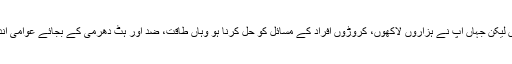
بعض انتظامی معاملات میں ایسا ممکن ہے وہ بھی اس وقت جب آپ ہر طرف سو فیصد انصاف کر رہے ہوں لیکن جہاں آپ نے ہزاروں لاکھوں، کروڑوں افراد کے مسائل کو حل کرنا ہو وہاں طاقت، ضد اور ہٹ دھرمی کے بجائے عوامی انداز میں پیار اور محبت سے، خلوص اور چاہت سے، بات چیت سے،مل بیٹھ کر مسائل کا حل نکالا جاتا ہے۔